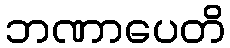
ဘဏာပေတိ